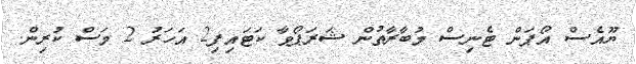
ޔޫއެސް އޯޕަން ޓެނިސް މުބާރާތުން ޝަރަޕޯވާ ކަޓައިފި2 އަހަރު 2 މަސް ކުރިން.